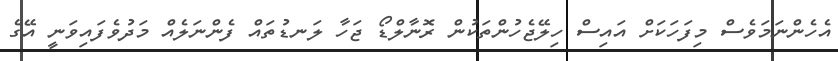
އެހެންނަމަވެސް މިފަހަކަށް އައިސް ހިލޭޖެހުންތަކުން ރޮނާލްޑޯ ޖަހާ ލަނޑުތައް ފެންނަލެއް މަދުވެފައިވަނީ އޭގެ